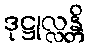
ဒုဋ္ဌုလ္လန္တိ